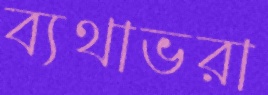
ব্যথাভরা